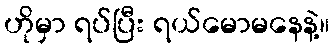
ဟိုမှာ ရပ်ပြီး ရယ်မောမနေနဲ့။